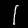
Label: 1